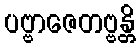
ပဗ္ဗာဇေတဗ္ဗန္တိ